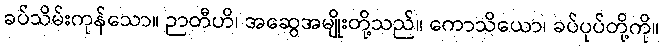
ခပ်သိမ်းကုန်သော။ ဉာတီဟိ၊ အဆွေအမျိုးတို့သည်။ ကောသိယော၊ ခပ်ပုပ်တို့ကို။